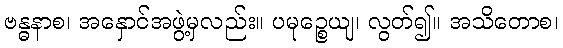
ဗန္ဓနာစ၊ အနှောင်အဖွဲ့မှလည်း။ ပမုဉ္စေယျ၊ လွတ်၍။ အသိတောစ၊